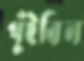
পুঁইবিল